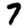
Digit: 7